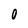
Character: O